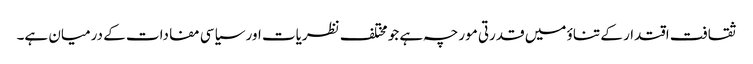
ثقافت اقتدار کے تناؤ میں قدرتی مورچہ ہے جو مختلف نظریات اور سیاسی مفادات کے درمیان ہے۔